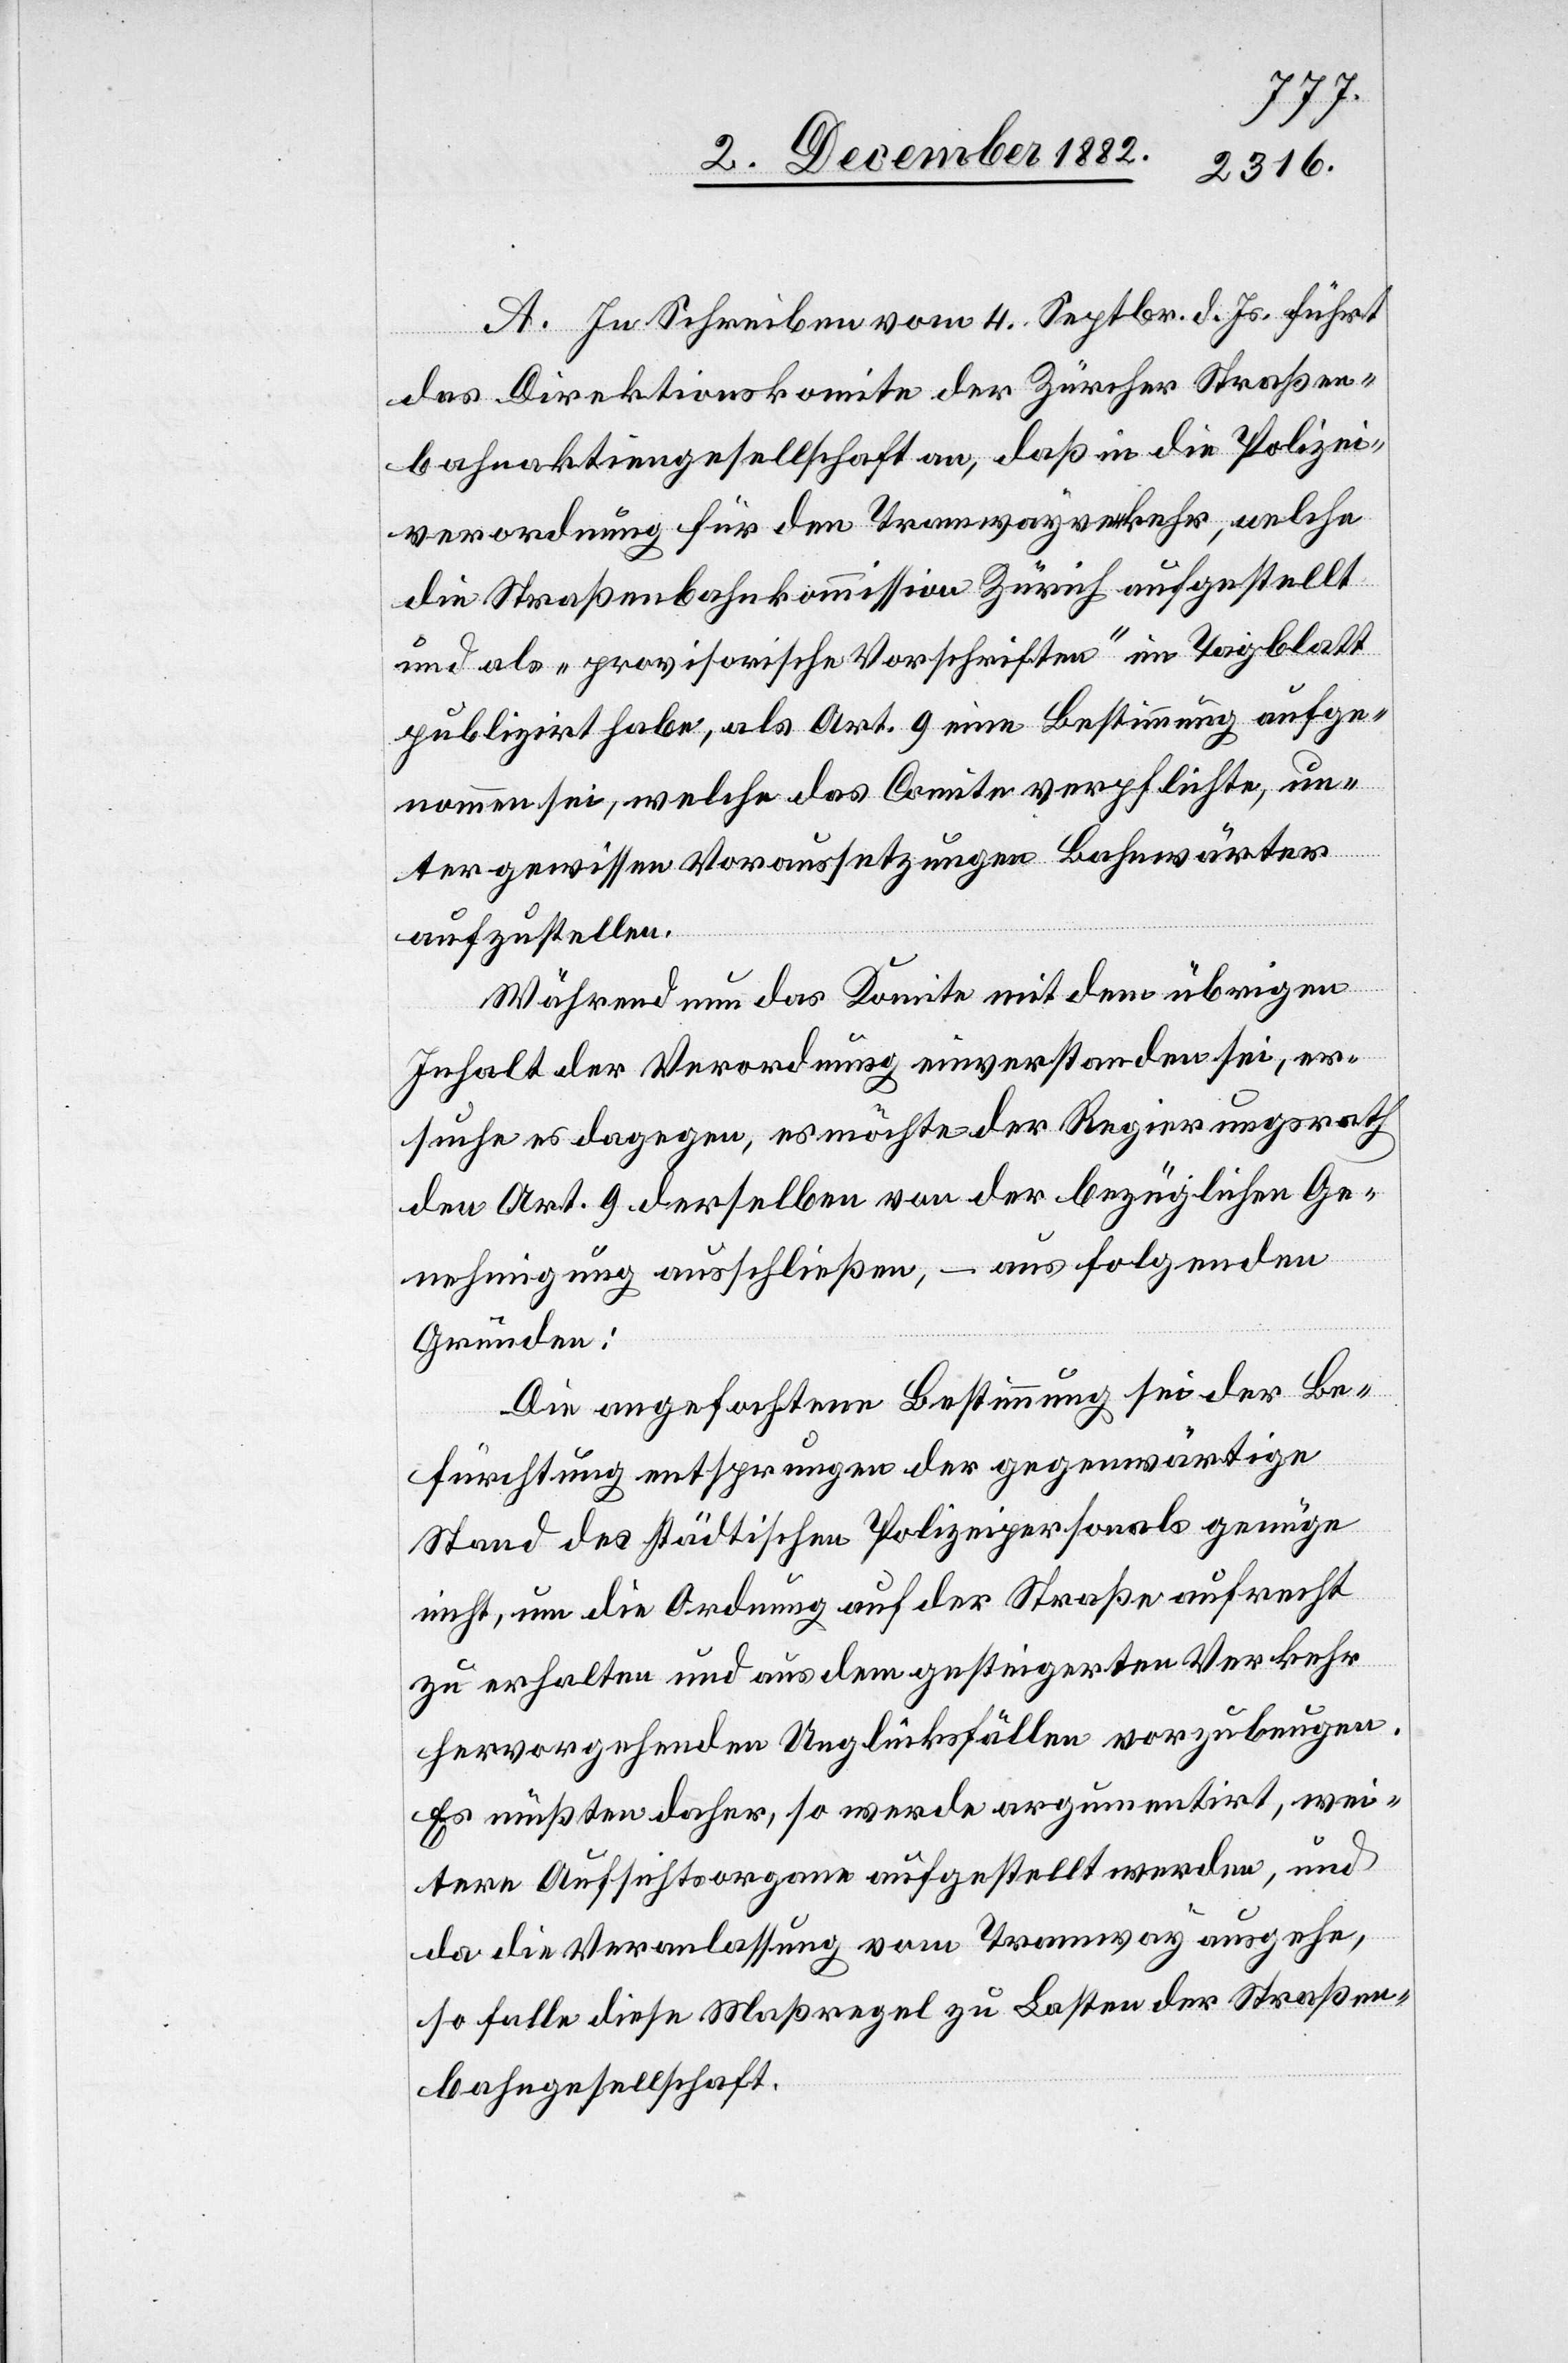
A. In Schreiben vom 4. Septbr. d. Js. führt
das Direktionskomite der Zürcher Straßen¬
bahnaktiengesellschaft an, daß in die Polizei¬
verordnung für den Tramwayverkehr, welche
die Straßenbahnkommission Zürich aufgestellt
und als „provisorische Vorschriften“ im Tagblatt
publizirt habe, als Art. 9 eine Bestimmung aufge¬
nommen sei, welche das Comite verpflichte, un¬
ter gewissen Voraussetzungen Bahnwärter
aufzustellen.
Während nun das Komitee mit dem übrigen
Inhalt der Verordnung einverstanden sei, er¬
suche es dagegen, es möchte der Regierungsrath
den Art. 9 derselben von der bezüglichen Ge¬
nehmigung ausschließen, – aus folgenden
Gründen:
Die angefochtene Bestimmung sei der Be¬
fürchtung entsprungen der gegenwärtige
Stand des städtischen Polizeipersonals genüge
nicht, um die Ordnung auf der Straße aufrecht
zu erhalten und aus dem gesteigerten Verkehr
hervorgehenden Unglücksfällen vorzubeugen.
Es müßten daher, so werde argumentirt, wei¬
tere Aufsichtsorgane aufgestellt werden, und
da die Veranlassung vom Tramway ausgehe,
so falle diese Maßregel zu Lasten der Straßen¬
bahngesellschaft.